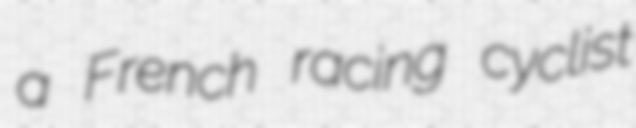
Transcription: a French racing cyclist